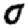
Digit: 0